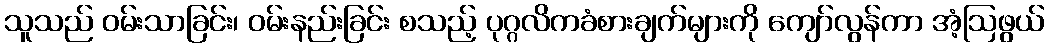
သူသည် ဝမ်းသာခြင်း၊ ဝမ်းနည်းခြင်း စသည့် ပုဂ္ဂလိကခံစားချက်များကို ကျော်လွန်ကာ အံ့ဩဖွယ်